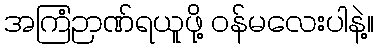
အကြံဉာဏ်ရယူဖို့ ဝန်မလေးပါနဲ့။